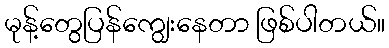
မုန့်တွေပြန်ကျွေးနေတာ ဖြစ်ပါတယ်။